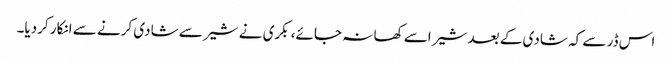
اس ڈر سے کہ شادی کے بعد شیر اسے کھا نہ جائے، بکری نے شیر سے شادی کرنے سے انکار کردیا۔